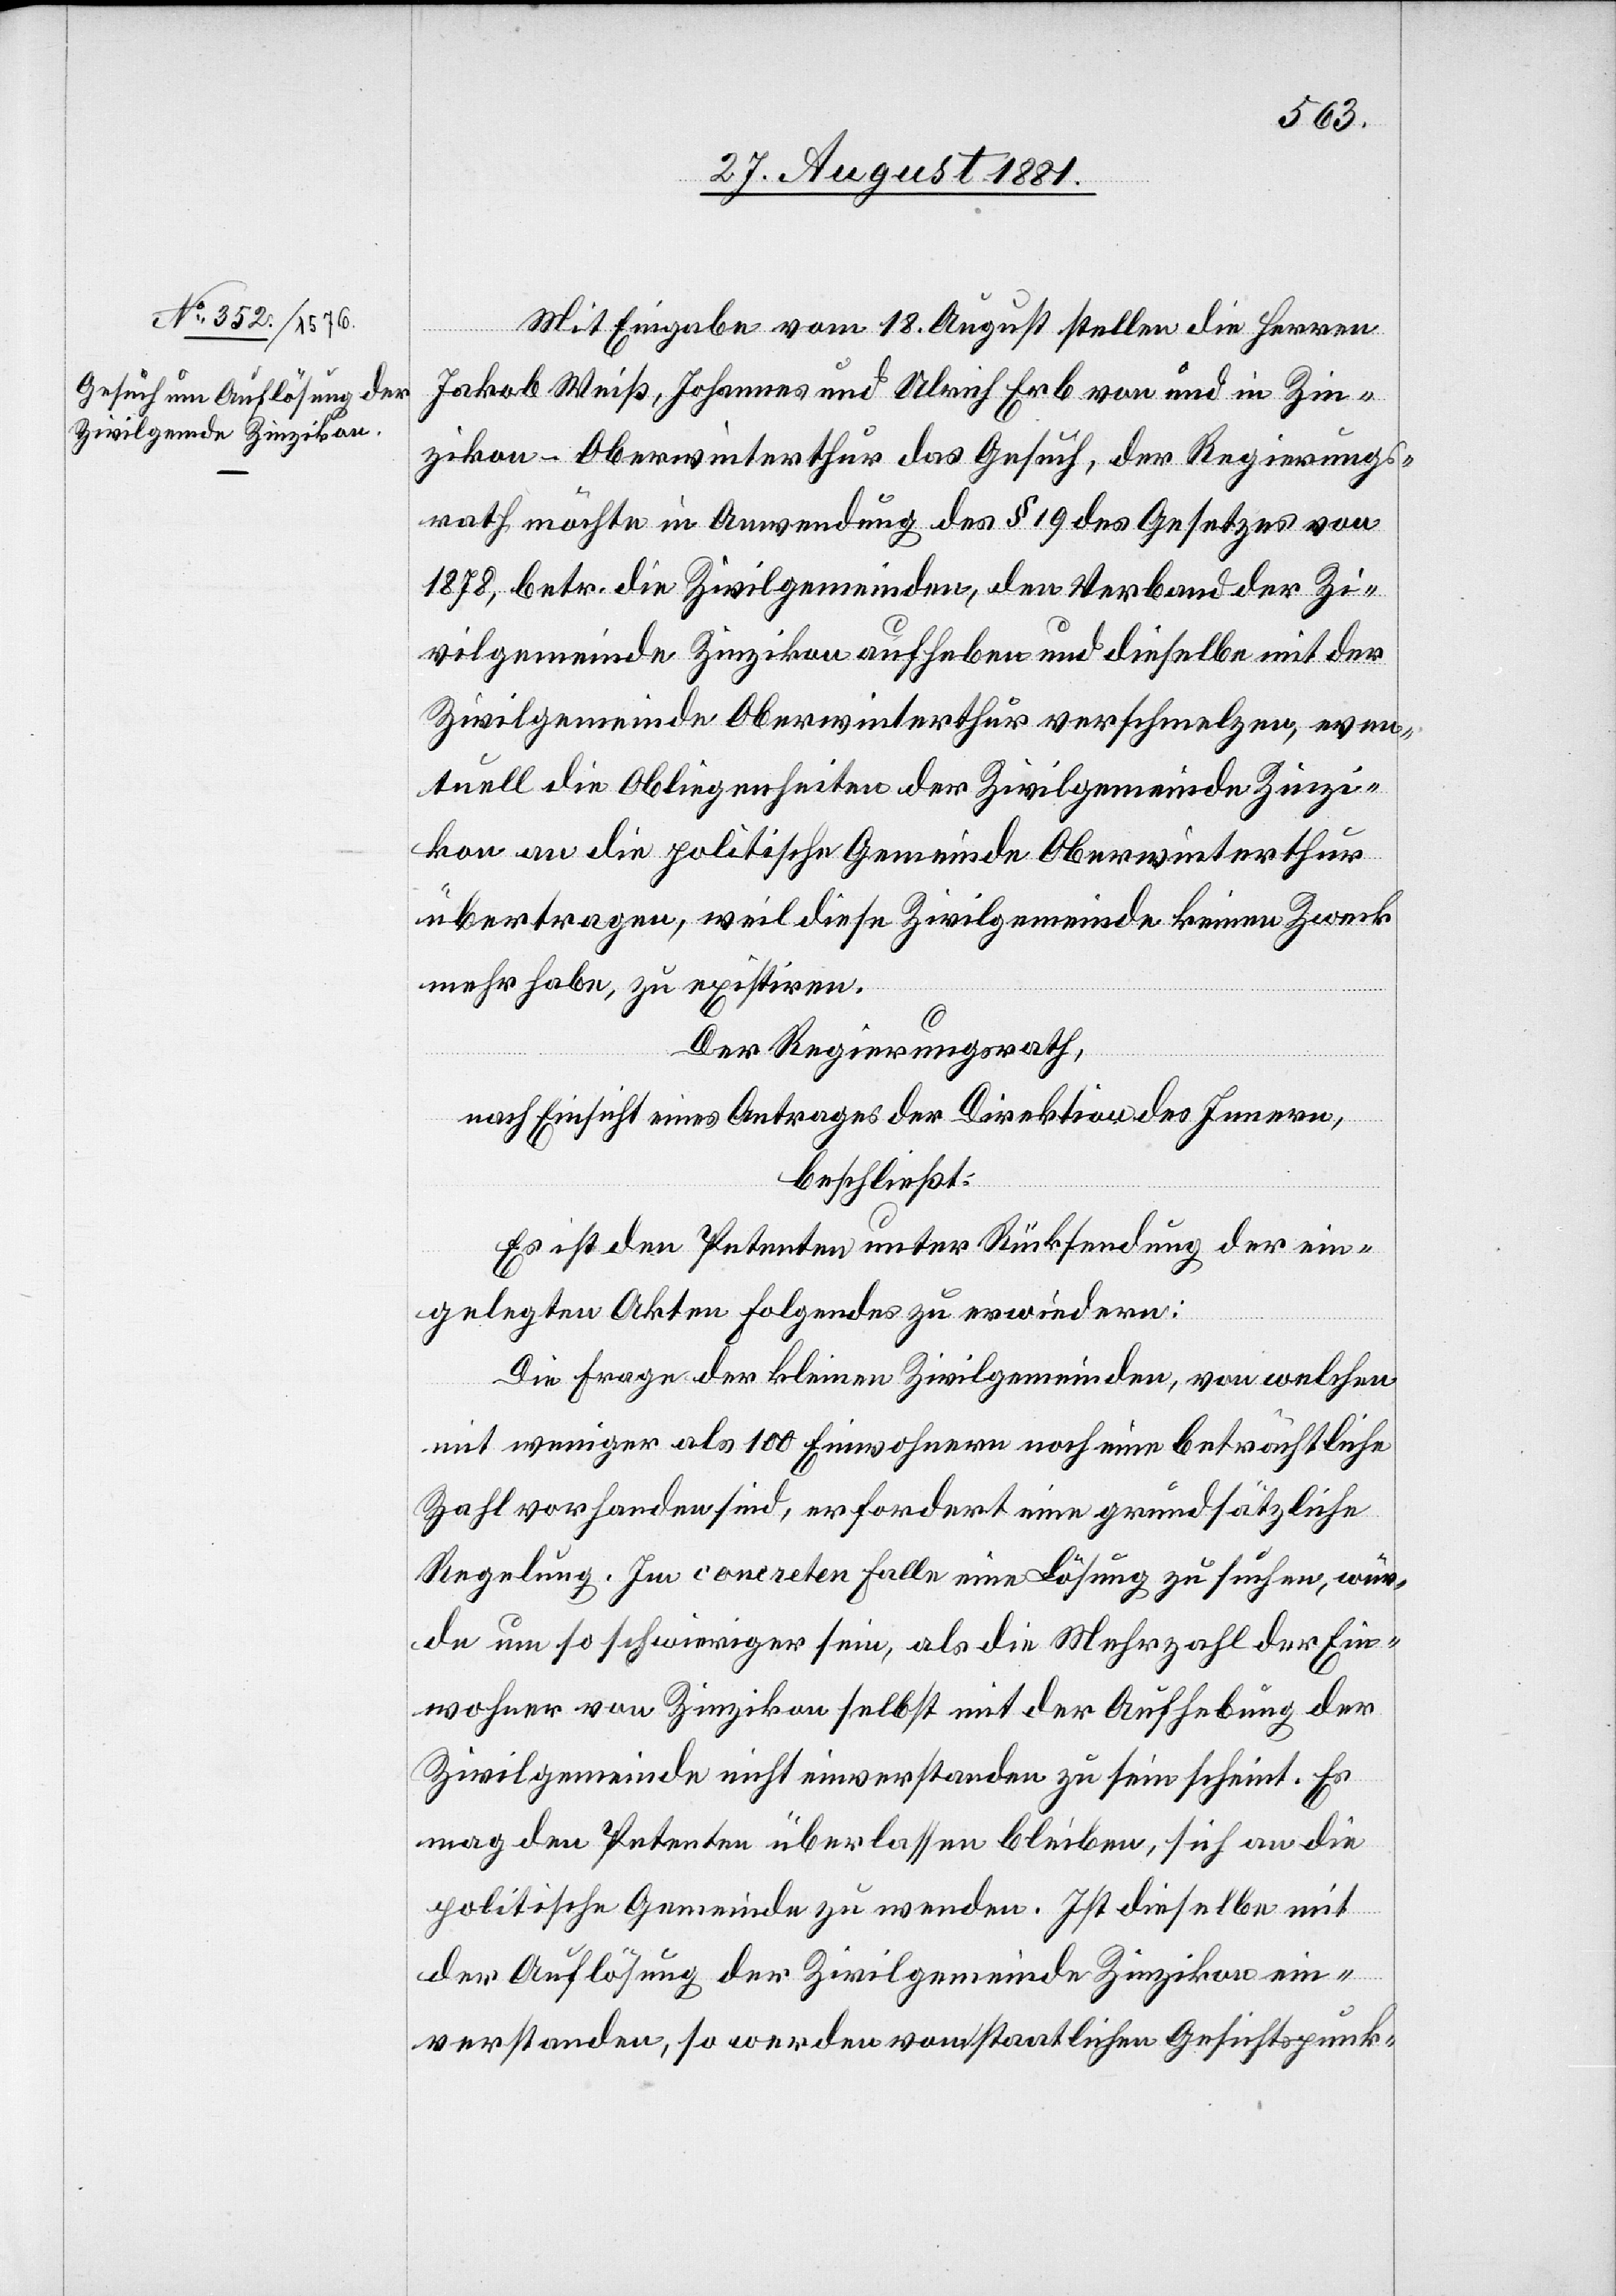
Mit Eingabe vom 18. August stellen die Herren
Jakob Weiß, Johannes und Ulrich Erb von und in Zin¬
zikon - Oberwinterthur das Gesuch, der Regierungs¬
rath möchte in Anwendung des § 19 des Gesetzes von
1878, betr. die Zivilgemeinden, den Verband der Zi¬
vilgemeinde Zinzikon aufheben und dieselbe mit der
Zivilgemeinde Oberwinterthur verschmelzen, even¬
tuell die Obligenheiten der Zivilgemeinde Zinzi¬
kon an die politische Gemeinde Oberwinterthur
übertragen, weil diese Zivilgemeinde keinen Zweck
mehr habe, zu existiren.
Der Regierungsrath,
nach Einsicht eines Antrages der Direktion des Innern,
beschließt:
Es ist den Petenten unter Rücksendung der ein¬
gelegten Akten Folgendes zu erwiedern:
die Frage der kleinen Zivilgemeinden, von welchen
mit weniger als 100 Einwohnern noch eine beträchtliche
Zahl vorhanden sind, erfordert eine grundsätzliche
Regelung. Im concreten Falle eine Lösung zu suchen, wür¬
de um so schwieriger sein, als die Mehrzahl der Ein¬
wohner von Zinzikon selbst mit der Aufhebung der
Zivilgemeinde nicht einverstanden zu sein scheint. Es
mag den Petenten überlassen bleiben, sich an die
politische Gemeinde zu wenden. Ist dieselbe mit
der Auflösung der Zivilgemeinde Zinzikon ein¬
verstanden, so werden vom staatlichen Gesichtspunk-